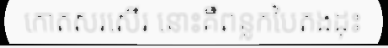
កោតសរសើរ នោះគឺពន្លកបៃតងដុះ